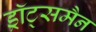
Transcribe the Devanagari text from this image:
ड्रॉट्समैन